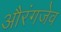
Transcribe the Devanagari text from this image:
औरंगजेव